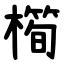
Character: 橁